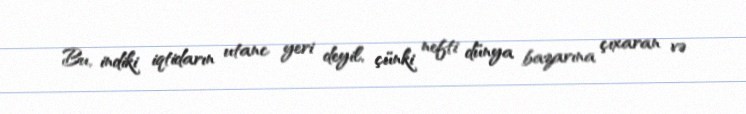
Bu, indiki iqtidarın utanc yeri deyil, çünki nefti dünya bazarına çıxaran və